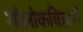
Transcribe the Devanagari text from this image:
गौलोकविहारी